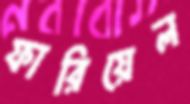
ফারিয়েল